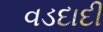
વડદાદી